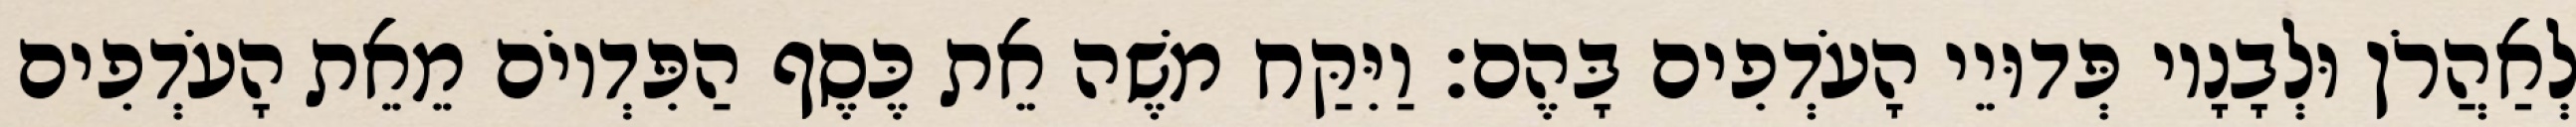
לְאַהֲרֹן וּלְבָנָיו פְּדוּיֵי הָעֹדְפִים בָּהֶם׃ וַיִּקַּח משֶׁה אֵת כֶּסֶף הַפִּדְיוֹם מֵאֵת הָעֹדְפִים